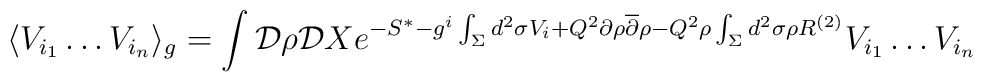
\langle V_{i_1} \dots V_{i_n} \rangle_g = \int {\cal D}\rho  {\cal D}X e^{-S^* -g^i\int _\Sigma d^2\sigma V_i + Q^2\partial \rho {\overline \partial} \rho - Q^2\rho \int_\Sigma d^2\sigma \rho R^{(2)}}  V_{i_1} \dots V_{i_n}